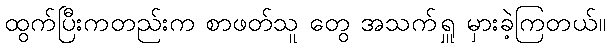
ထွက်ပြီးကတည်းက စာဖတ်သူ တွေ အသက်ရှူ မှားခဲ့ကြတယ်။